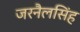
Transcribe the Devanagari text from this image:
जरनैलसिंह